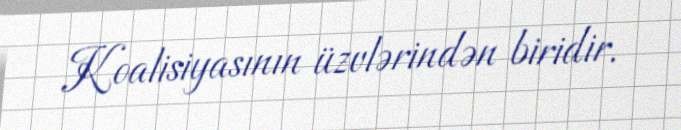
Koalisiyasının üzvlərindən biridir.